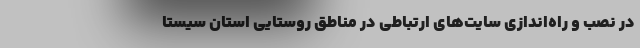
در نصب و راه‌اندازی سایت‌های ارتباطی در مناطق روستایی استان سیستا